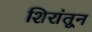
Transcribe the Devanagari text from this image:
शिरांतून